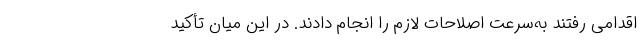
اقدامی رفتند به‌سرعت اصلاحات لازم را انجام دادند. در این میان تأکید